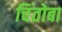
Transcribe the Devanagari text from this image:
चिंतोबा